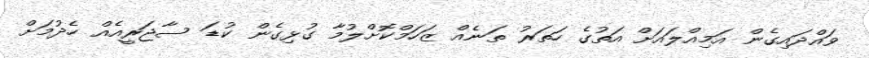
ވައްދައިގެން އަމިއްލައަށް އަތުގެ ހަތަރު ތަނެއް ޒަހަމްކޮށްލުމާ ގުޅިގެން ކުޑަ ސާޖަރީއެއް ހެދުމަށް